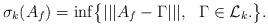
LaTeX: \begin{align*}\sigma_k(A_f)=\inf \bigl\{ |||A_f-\Gamma|||,~~\Gamma\in\mathcal{L}_k.\bigr\}.\end{align*}